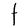
Character: t